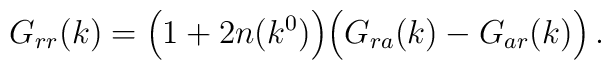
G_{rr}(k)=\Bigl( 1+2n(k^0) \Bigr)\Bigl( G_{ra}(k)-G_{ar}(k) \Bigr)\, .